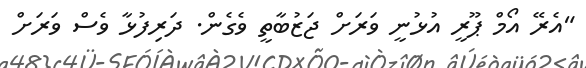
"އެރޭ އޯމް ޕޫރީ އުޅުނީ ވަރަށް ޖަޒުބާތީ ވެގެން. ދަރިފުޅާ ވެސް ވަރަށް